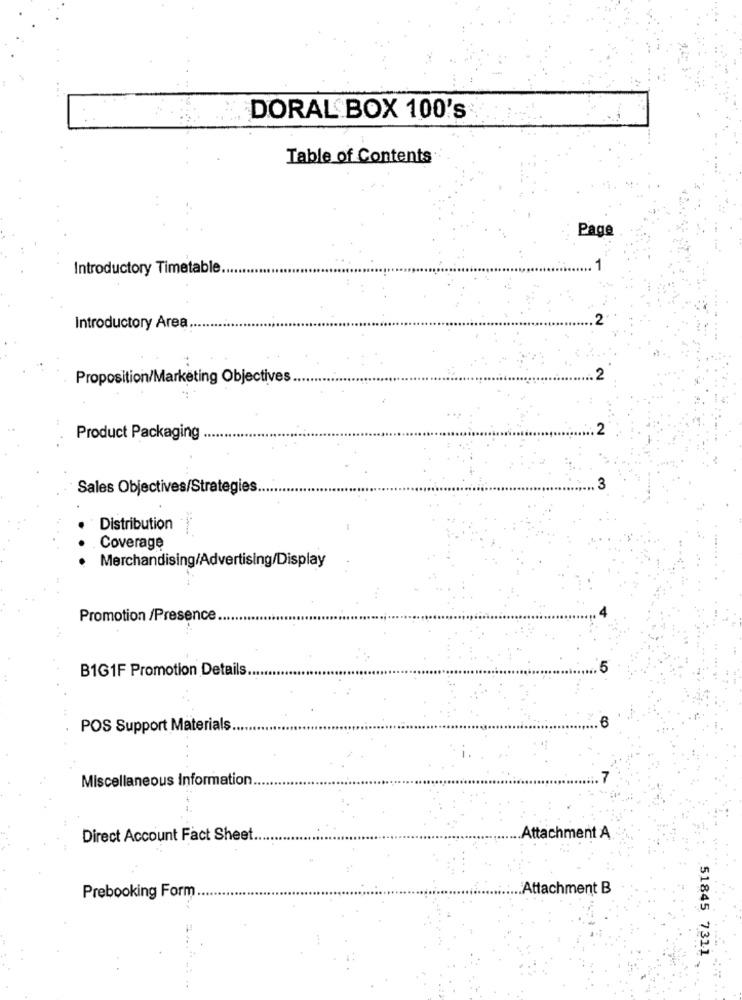
DORAL BOX 100's
Table of Contents
Page
Introductory Timetable
Introductory Area
Proposition/Marketing Objectives
Product Packaging
Sales Objectives/Strategies
3
Distribution
Coverage
Merchandising/Advertising/Display
Promotion /Presence
B1G1F Promotion Details ..
POS Support Materials
Miscellaneous Information.
Direct Account Fact Sheet.
Attachment A
Prebooking Form
:Attachment B
.51845 7311